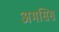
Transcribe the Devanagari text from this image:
अमसिस